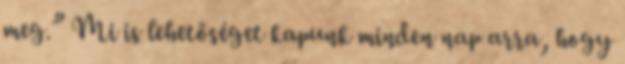
meg.” Mi is lehetőséget kapunk minden nap arra, hogy